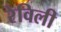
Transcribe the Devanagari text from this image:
रेविली